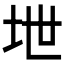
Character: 𪣅